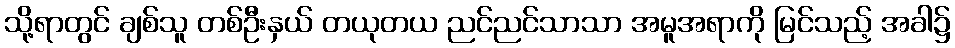
သို့ရာတွင် ချစ်သူ တစ်ဦးနှယ် တယုတယ ညင်ညင်သာသာ အမူအရာကို မြင်သည့် အခါ၌